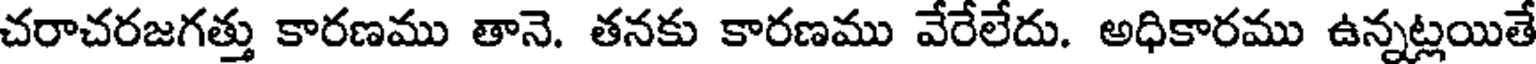
చరాచరజగత్తు కారణము తానె. తనకు కారణము వేరేలేదు. అధికారము ఉన్నట్లయితే